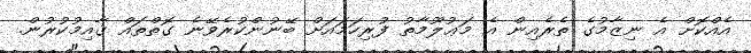
އެއްކޮށް އެ ނިޒާމުގެ ތެރެއިން އެ މަޢުލޫމާތު ފުރިހަމައަށް ބޭނުންކުރެވޭނެ ގޮތްތައް ޤާއިމުކުރުން.